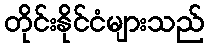
တိုင်းနိုင်ငံများသည်